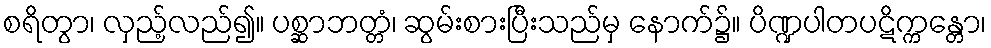
စရိတွာ၊ လှည့်လည်၍။ ပစ္ဆာဘတ္တံ၊ ဆွမ်းစားပြီးသည်မှ နောက်၌။ ပိဏ္ဍပါတပဋိက္ကန္တော၊